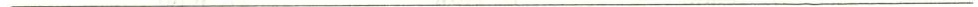
___